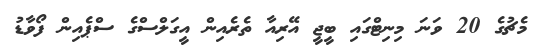
މެޗުގެ 20 ވަނަ މިނިޓްގައި ބީޖީ އޭރިއާ ތެރެއިން އީގަލްސްގެ ސްޕެއިން ފޯވާޑު